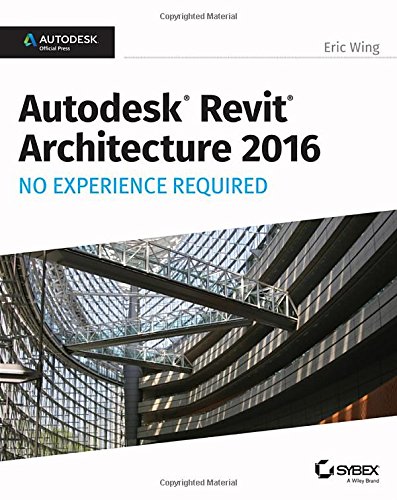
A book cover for Autodesk Revit Architecture 2016 No Experience Required: Autodesk Official Press; Eric Wing; Engineering & Transportation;